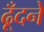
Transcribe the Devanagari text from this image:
ढूँदने